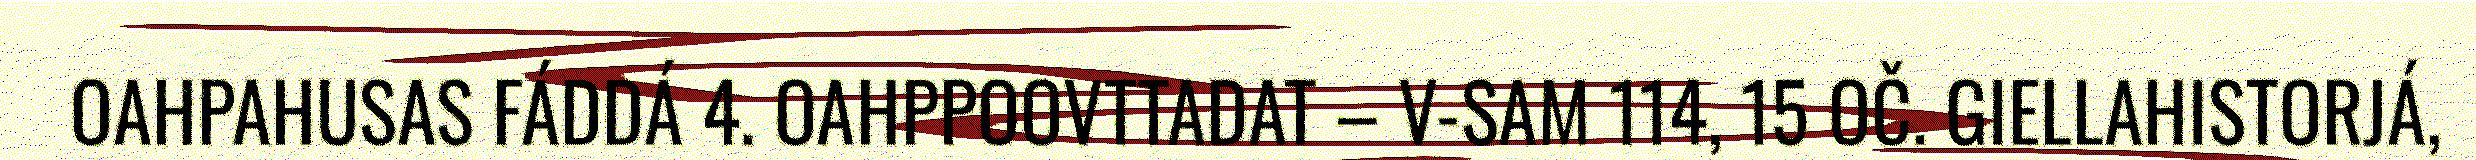
OAHPAHUSAS FÁDDÁ 4. OAHPPOOVTTADAT – V-SAM 114, 15 OČ. GIELLAHISTORJÁ,